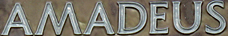
AMADEUS